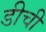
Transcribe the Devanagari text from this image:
डीची